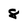
Character: 8